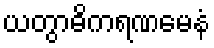
ယတွာဓိကရဏမေနံ